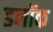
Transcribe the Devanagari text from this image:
डनॉक